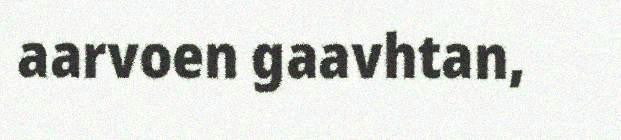
aarvoen gaavhtan,